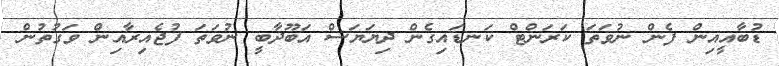
ޑުބާއީއިން ފެން ނުވަތަ ކަރަންޓް ކަނޑައިގެން ދިޔަޔަސް އަބޫދާބީ ނުވަތަ ފުޖެއިރާއިން ވަގުތުން